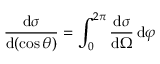
{ \frac { \mathrm { d } \sigma } { \mathrm { d } ( \cos \theta ) } } = \int _ { 0 } ^ { 2 \pi } { \frac { \mathrm { d } \sigma } { \mathrm { d } \Omega } } \, \mathrm { d } \varphi